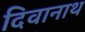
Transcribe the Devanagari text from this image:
दिवानाथ